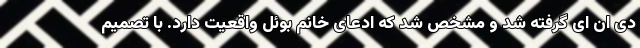
دی ان ای گرفته شد و مشخص شد که ادعای خانم بوئل واقعیت دارد. با تصمیم